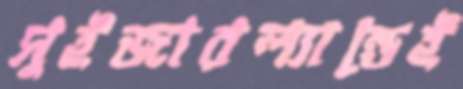
সুইজারল্যান্ডেই